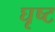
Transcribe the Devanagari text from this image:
घृष्ट